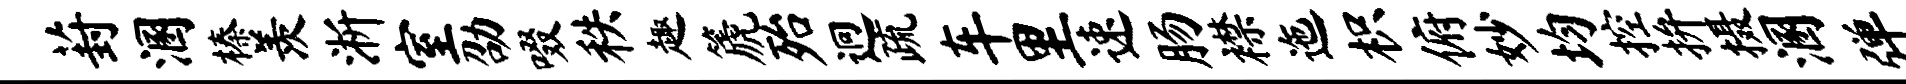
葑溷榛羡淅室劭啜秩趣篪殆迥疏车里速肠襟迤枳俯妙均控拚摄溷弹